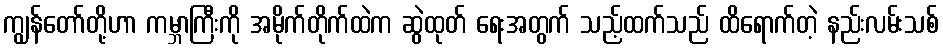
ကျွန်တော်တို့ဟာ ကမ္ဘာကြီးကို အမိုက်တိုက်ထဲက ဆွဲထုတ် ရေးအတွက် သည့်ထက်သည် ထိရောက်တဲ့ နည်းလမ်းသစ်